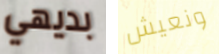
بديهي ونعيش